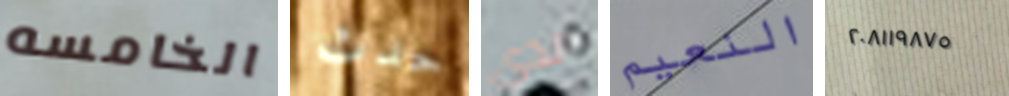
الخامسه حدث لدي النعيم ٢٠٨١١٩٨٧٥